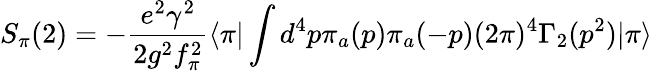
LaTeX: S_{\pi}(2)=-{\frac{e^{2}\gamma^{2}}{2g^{2}f_{\pi}^{2}}}\langle\pi|\int d^{4}p\pi_{a}(p)\pi_{a}(-p)(2\pi)^{4}\Gamma_{2}(p^{2})|\pi\rangle